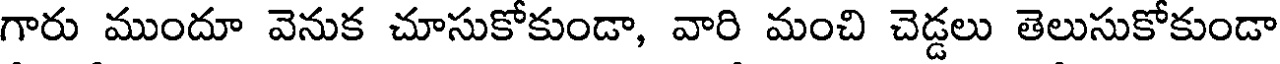
గారు ముందూ వెనుక చూసుకోకుండా, వారి మంచి చెడ్డలు తెలుసుకోకుండా